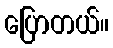
ပြောတယ်။